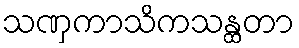
သဏှကာသိကသန္ထတာ